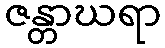
ဇန္တာဃရာ